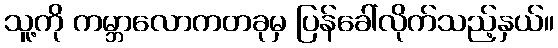
သူ့ကို ကမ္ဘာလောကတခုမှ ပြန်ခေါ်လိုက်သည့်နှယ်။